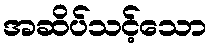
အဆိပ်သင့်သော